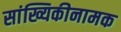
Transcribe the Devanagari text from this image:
सांख्यिकीनामक